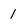
Character: 1